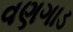
વણગાડ